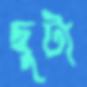
ছুটা